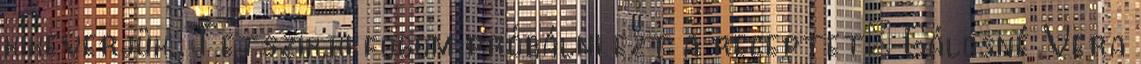
kikeverjük. Tetszik,ki fogom próbálni ezt a receptet: Gálosné Vera